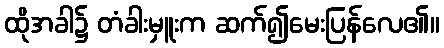
ထိုအခါ၌ တံခါးမှူးက ဆက်၍မေးပြန်လေ၏။